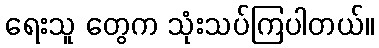
ရေးသူ တွေက သုံးသပ်ကြပါတယ်။